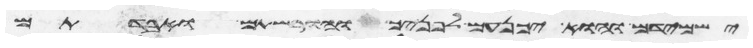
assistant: ישמידם והוא יכנעם לפניך והורשתם ואבדתם